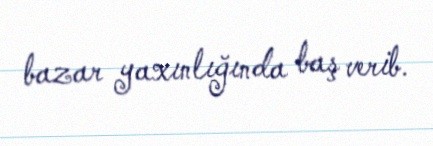
bazar yaxınlığında baş verib.